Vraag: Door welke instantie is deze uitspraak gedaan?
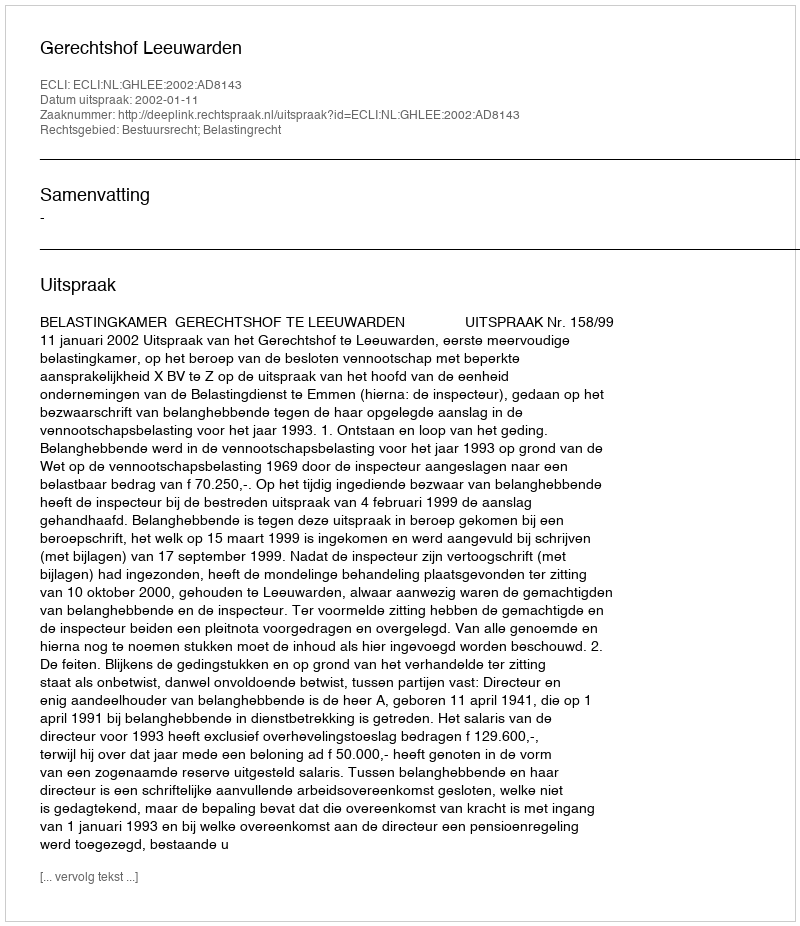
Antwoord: Gerechtshof Leeuwarden